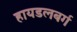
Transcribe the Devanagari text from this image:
हायडलबर्ग